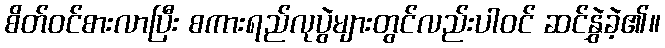
စိတ်ဝင်စားလာပြီး စကားရည်လုပွဲများတွင်လည်းပါဝင် ဆင်နွှဲခဲ့၏။